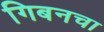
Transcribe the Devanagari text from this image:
गिबनचा